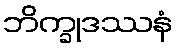
ဘိက္ခုဒဿနံ